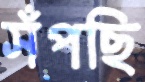
সঁপছি